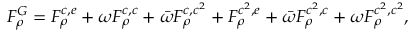
F _ { \rho } ^ { G } = F _ { \rho } ^ { c , e } + \omega F _ { \rho } ^ { c , c } + \bar { \omega } F _ { \rho } ^ { c , c ^ { 2 } } + F _ { \rho } ^ { c ^ { 2 } , e } + \bar { \omega } F _ { \rho } ^ { c ^ { 2 } , c } + \omega F _ { \rho } ^ { c ^ { 2 } , c ^ { 2 } } ,